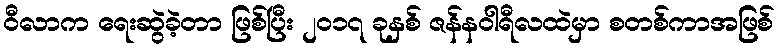
ဝီလာက ရေးဆွဲခဲ့တာ ဖြစ်ပြီး ၂၀၁၇ ခုနှစ် ဇန်နဝါရီလထဲမှာ စတစ်ကာအဖြစ်